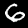
Digit: 6